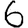
Digit: 6